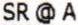
SR @ A